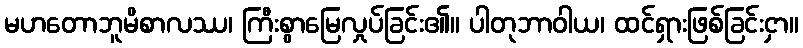
မဟတောဘူမိစာလဿ၊ ကြီးစွာမြေလှုပ်ခြင်း၏။ ပါတုဘာဝါယ၊ ထင်ရှားဖြစ်ခြင်းငှာ။